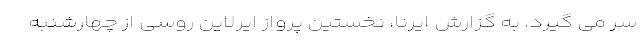
سر می گیرد. به گزارش ایرنا، نخستین پرواز ایرلاین روسی از چهارشنبه